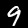
Label: 9